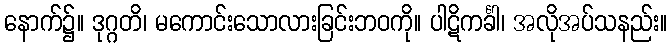
နောက်၌။ ဒုဂ္ဂတိ၊ မကောင်းသောလားခြင်းဘဝကို။ ပါဋိကင်္ခါ၊ အလိုအပ်သနည်း။